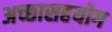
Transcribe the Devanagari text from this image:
अच्छासहयोग